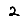
Digit: 2